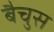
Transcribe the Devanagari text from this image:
बैचुस